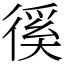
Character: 徯